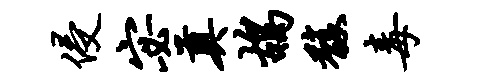
侵宓奠鸪馥毒